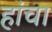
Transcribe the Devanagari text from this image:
हांचा